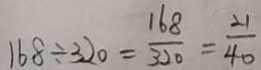
1 6 8 \div 3 2 0 = \frac { 1 6 8 } { 3 2 0 } = \frac { 2 1 } { 4 0 }